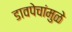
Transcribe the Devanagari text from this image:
डावपेचांमुळे